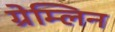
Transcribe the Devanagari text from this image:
ग्रेम्लिन